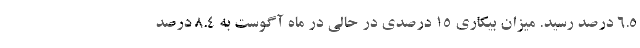
6.5 درصد رسید. میزان بیکاری 15 درصدی در حالی در ماه آگوست به 8.4 درصد